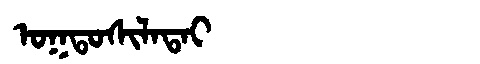
Manchu: ᠣᡴᡨᠣᠰᡳᠯᠠᡨᠠᡳ
Romanization: OKTOSILATAI